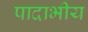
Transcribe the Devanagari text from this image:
पादाभीय